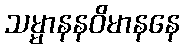
သမ္မာနနဝိမာနနေ